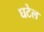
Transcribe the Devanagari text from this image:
घटेल